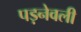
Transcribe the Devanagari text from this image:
पड़नेवली